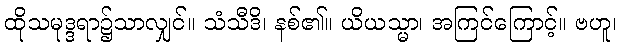
ထိုသမုဒ္ဒရာ၌သာလျှင်။ သံသီဒိ၊ နစ်၏။ ယိယသ္မာ၊ အကြင်ကြောင့်။ ဗဟူ၊